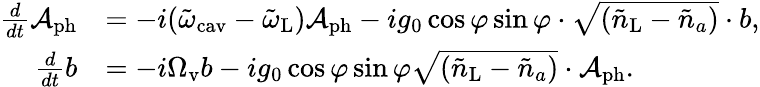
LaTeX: \begin{array}{rl}{\frac{d}{dt}\mathcal{A}_{\mathrm{ph}}}&{=-i(\tilde{\omega}_{\mathrm{cav}}-\tilde{\omega}_{\mathrm{L}})\mathcal{A}_{\mathrm{ph}}-ig_{0}\cos\varphi\sin\varphi\cdot\sqrt{(\tilde{n}_{\mathrm{L}}-\tilde{n}_{a})}\cdot b,}\\ {\frac{d}{dt}b}&{=-i\Omega_{\mathrm{v}}b-ig_{0}\cos\varphi\sin\varphi\sqrt{(\tilde{n}_{\mathrm{L}}-\tilde{n}_{a})}\cdot\mathcal{A}_{\mathrm{ph}}.}\end{array}